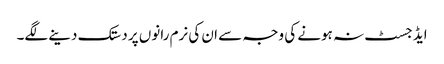
ایڈجسٹ نہ ہونے کی وجہ سے ان کی نرم رانوں پر دستک دینے لگے۔